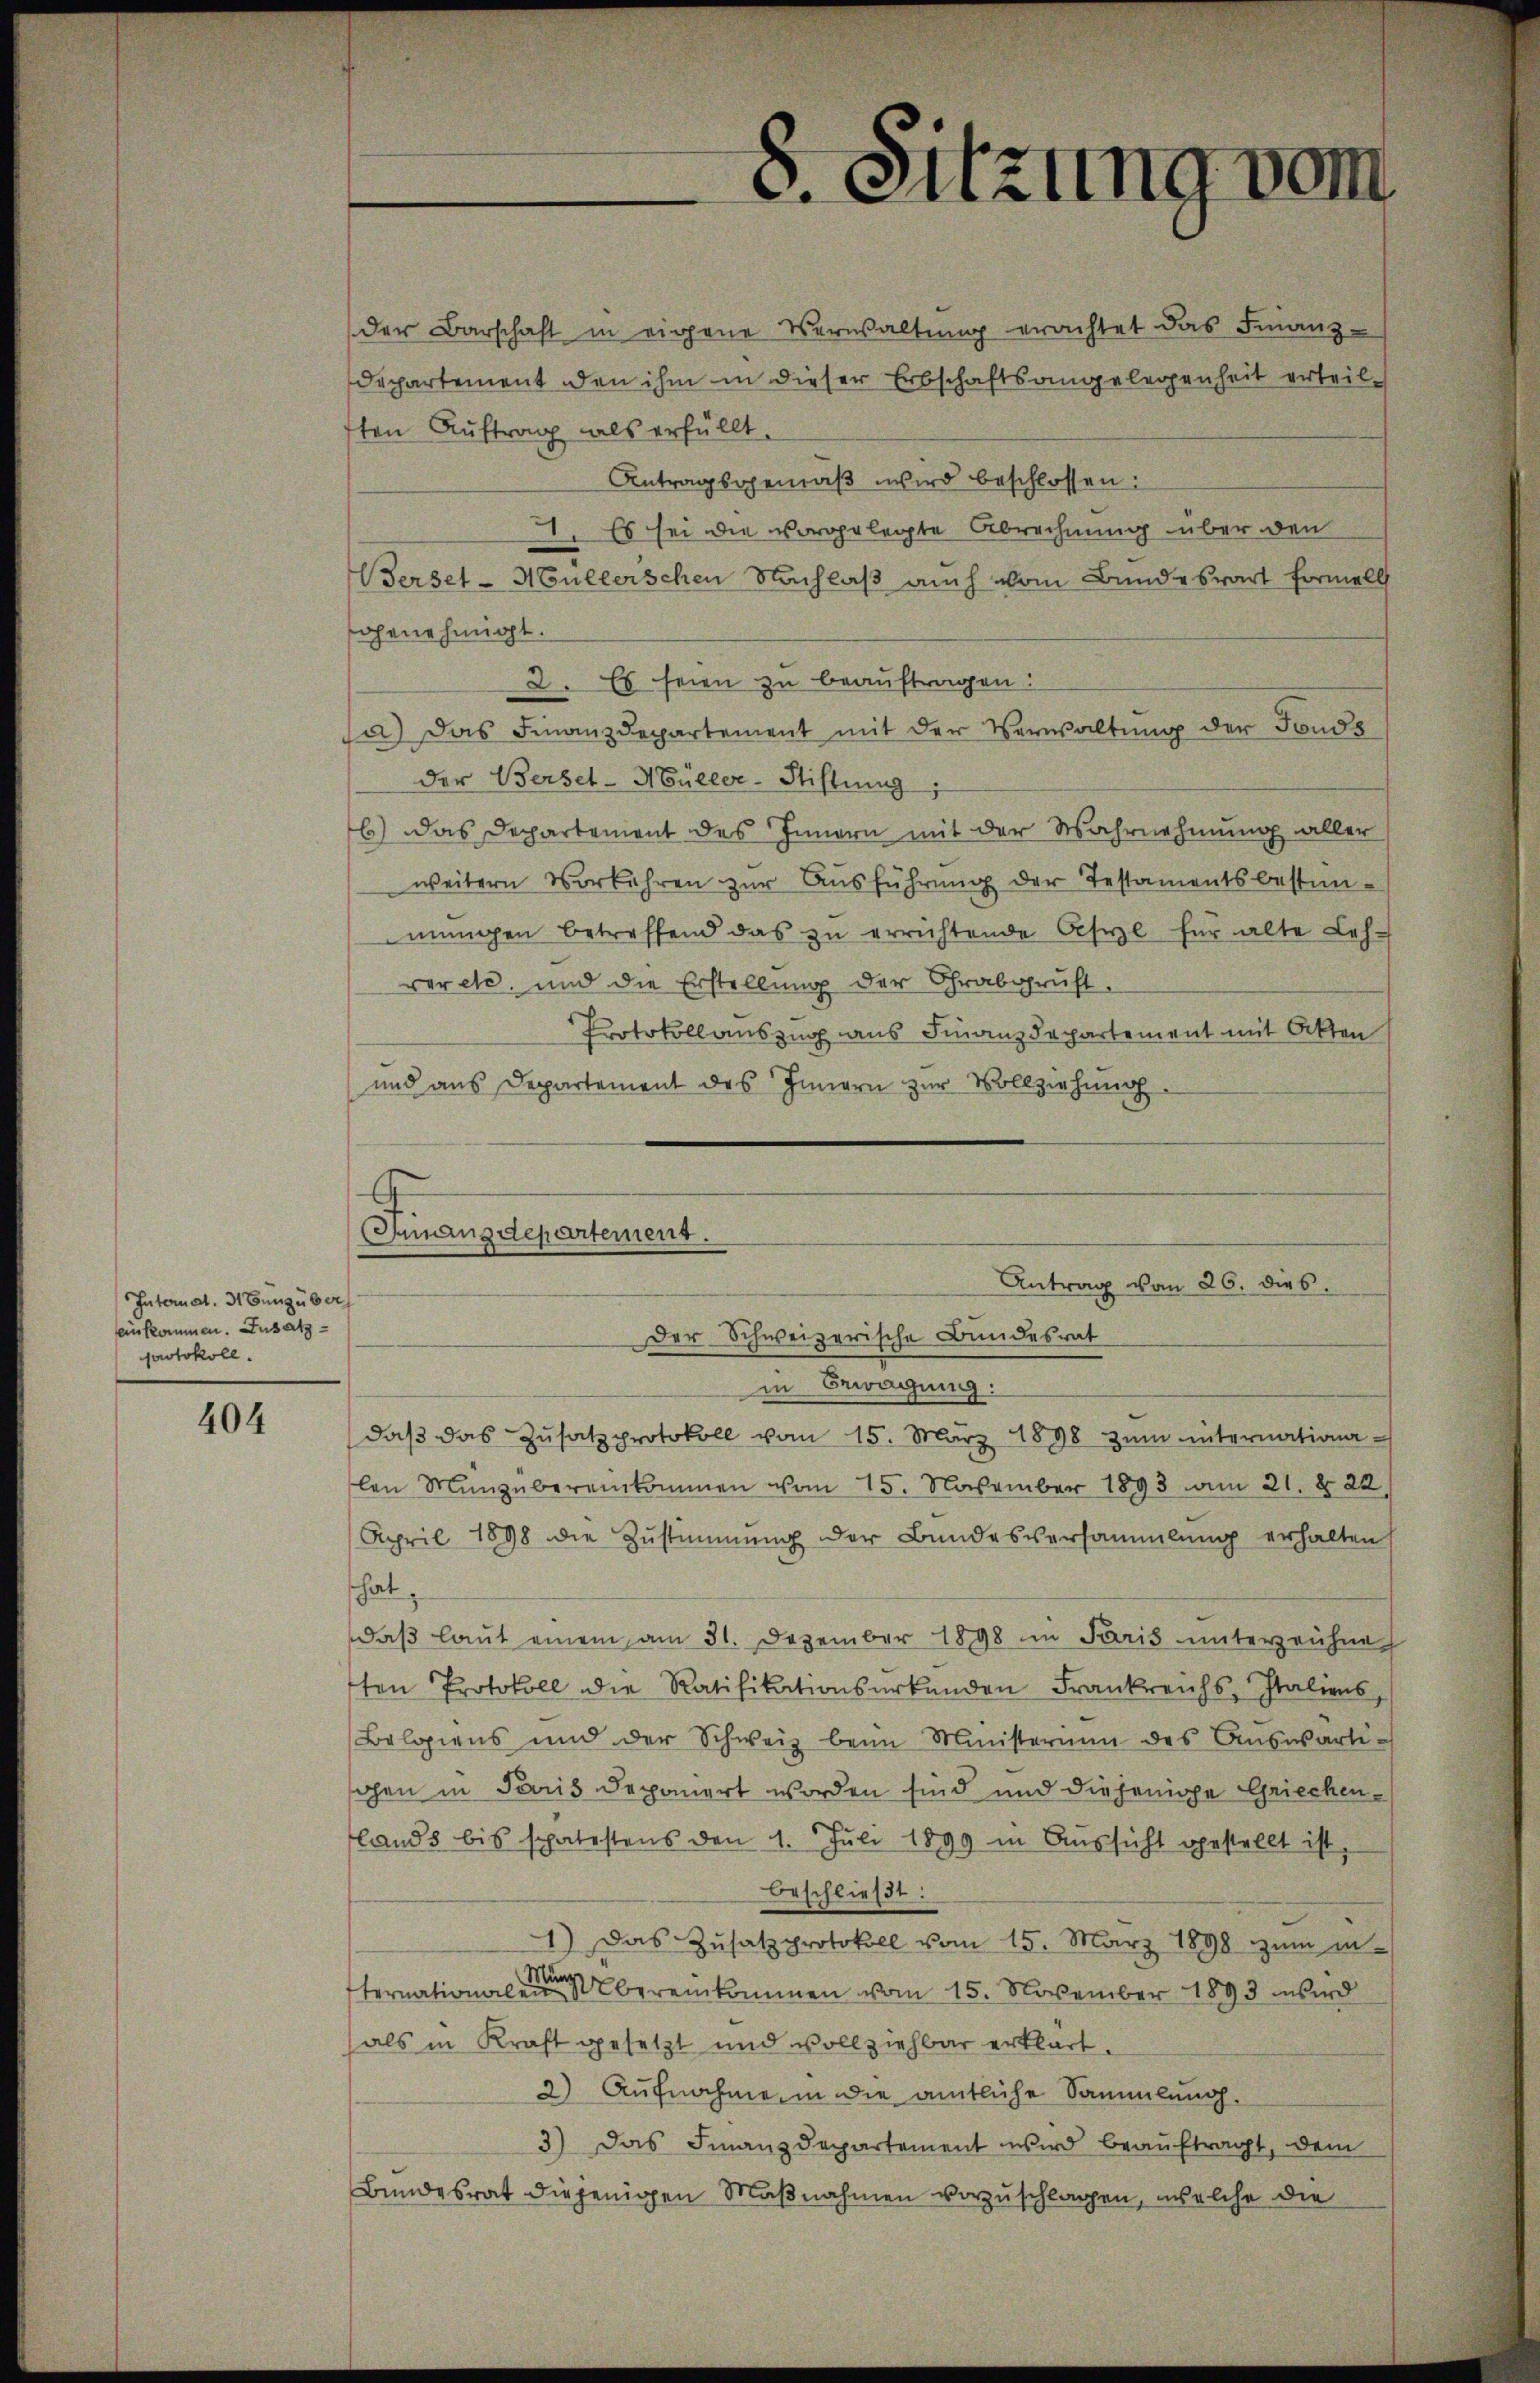
Internat. 31 Jung über
einkommen. Zusatzprotokoll.

404

der Barschaft in eigene Verwaltŭng erachtet das Finanz-
Departement den ihm in dieser Erbschaftsangelegenheit erteil
sten Auftrag als erfüllt
Antragsgemäß wird beschlossen:
1. Es sei die vorgelegte Abrechnung über den
Berset-Müllerschen Nachlaß auch vom Bundeswart formell
genehmigt.
2. Es seien zu beauftragen:
Ja) Das Finanzdepartement mit der Verwaltung der Fonds
der Berset-Müller-Stiftung
6) Das Departement des Innern mit der Wahrnehmung aller
weitern Vorkehren zŭr Aŭsführung der Testamentsbestim-
mŭngen betreffend das zŭ errichtende Asyl für alte Leh-
ver etc. und die Erstellung der Grabgruft.
Protokollauszug aus Finanzdepartement mit Akten
und aus Departement des Innern zur Vollziehung
C
Innanzdepartement.
Antrag vom 26. dies.
.
Der Schweizerische Bundesrat
in Bewegung:
daβ das Zŭsatzprotokoll vom 15. März 1898 zŭm internationa-
len Münzübereinkommen vom 15. November 1893 am 21. § 22.
April 1898 die Zŭstimmung der Bundesversammlung erhalten
hat
daβ laut einem am 31. Dezember 1898 in Paris unterzeichne
ten Protokoll die Ratifikationsurkunden Frankreichs, Italiens,
Belgiens und der Schweiz beim Ministerium des Auswärtiohen in Paris deponert worden sind und diejenige Griechenlands bis spätestens den 1. Juli 1899 in Aussicht gestellt ist,
beschließt:
1.) Das Zŭsatzprotokoll vom 15. März 1898 zŭm in
ternationalen bereinkommen vom 15. November 1893 wird
als in Kraft gesetzt und vollziehbar erklärt.
2) Aufnahme in die amtliche Sammlung.
3) Das Finanzdepartement wird beauftragt, dem
Bundesrat diejenigen Maßnahmen vorzuschlagen, welche die

8. Sitzung vom